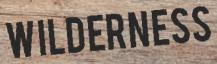
WILDERNESS